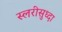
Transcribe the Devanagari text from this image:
स्लरीसुध्दा